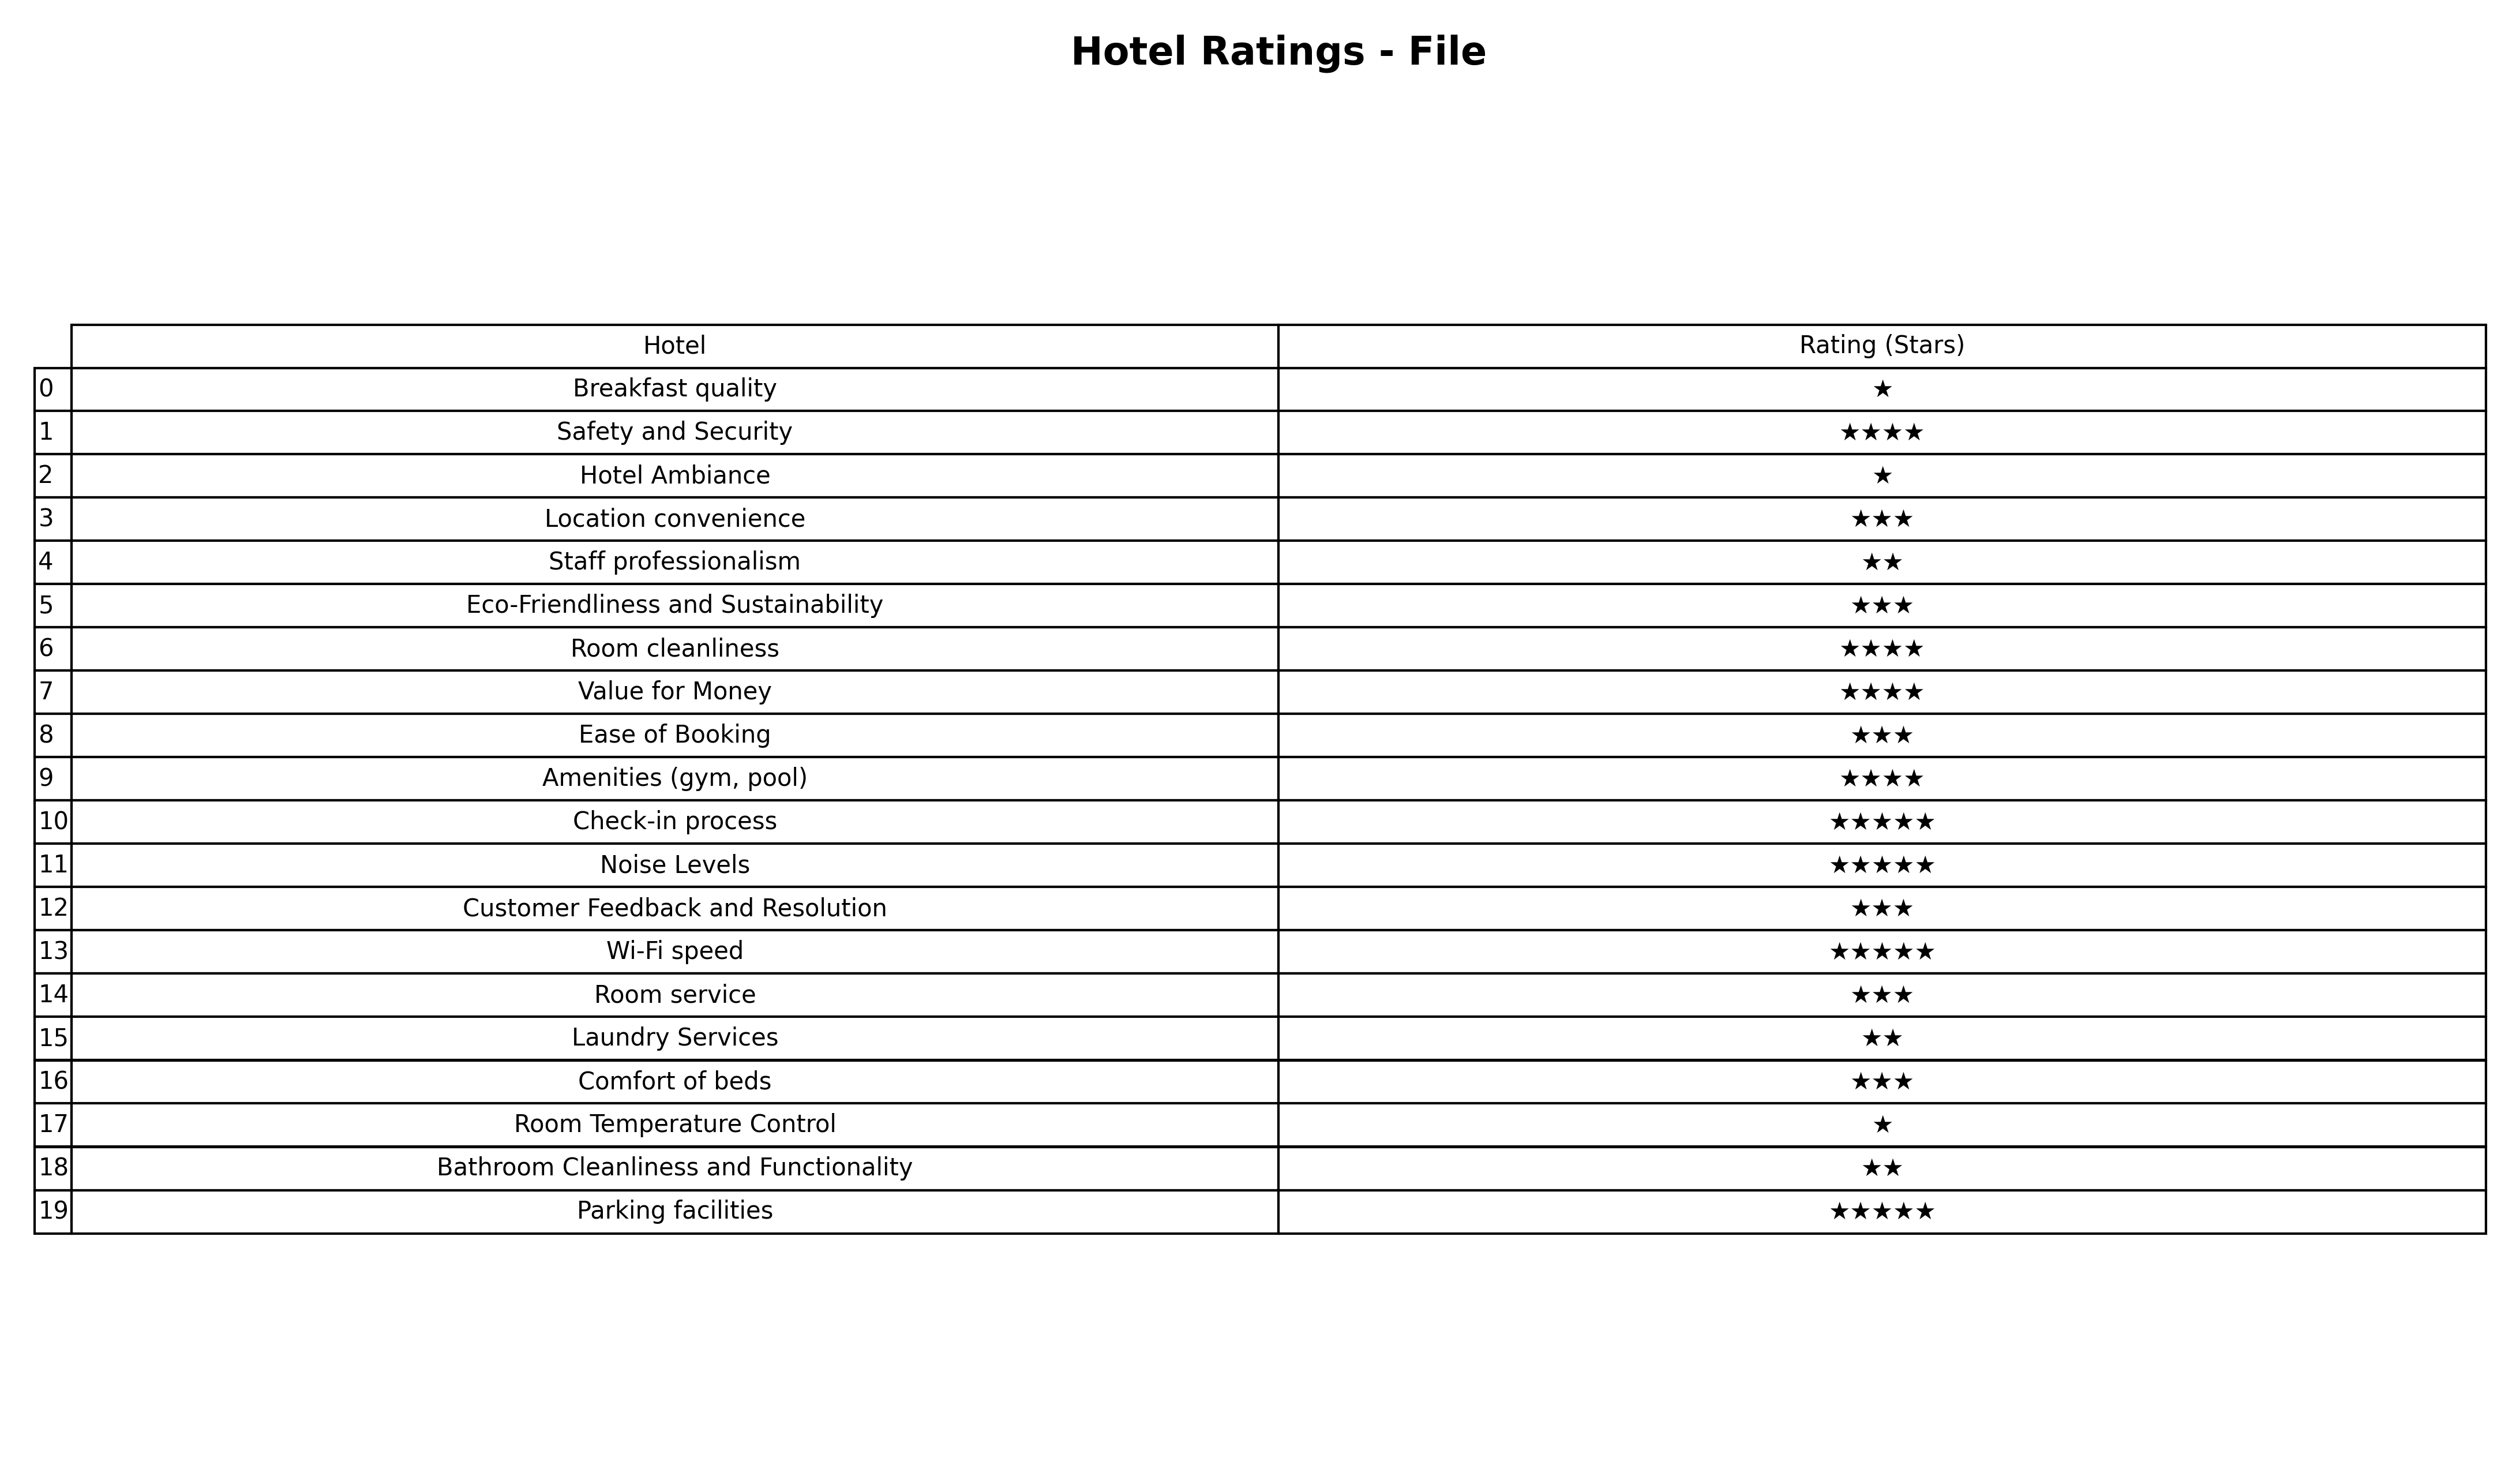
question: What is the rating of Staff professionalism?
answer: ★★